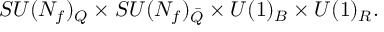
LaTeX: S U ( N _ { f } ) _ { Q } \times S U ( N _ { f } ) _ { \bar { Q } } \times U ( 1 ) _ { B } \times U ( 1 ) _ { R } .